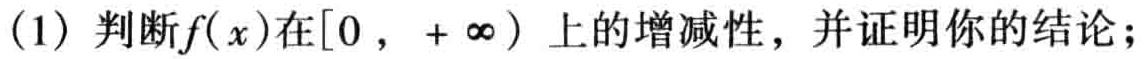
(1) 判断\(f(x)\)在\([0, +\infty)\)上的增减性，并证明你的结论；